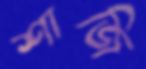
শাজি